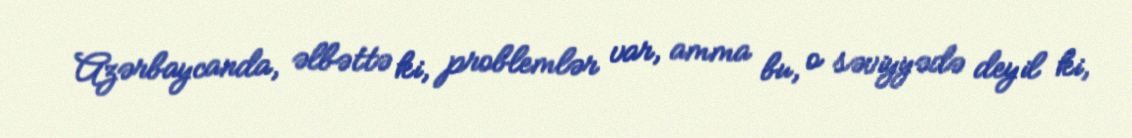
Azərbaycanda, əlbəttə ki, problemlər var, amma bu, o səviyyədə deyil ki,